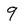
Character: 9